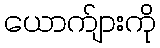
ယောက်ျားကို